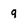
Character: 9